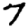
Digit: 7